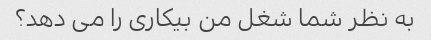
به نظر شما شغل من بیکاری را می دهد؟